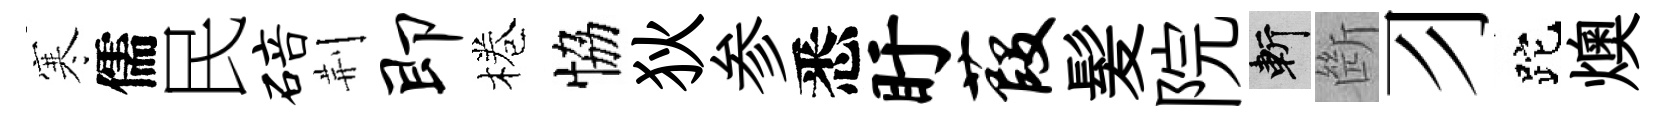
寒儒民碚荆即棬恊狄参悉盱葭髪院斬㫁习跎燠